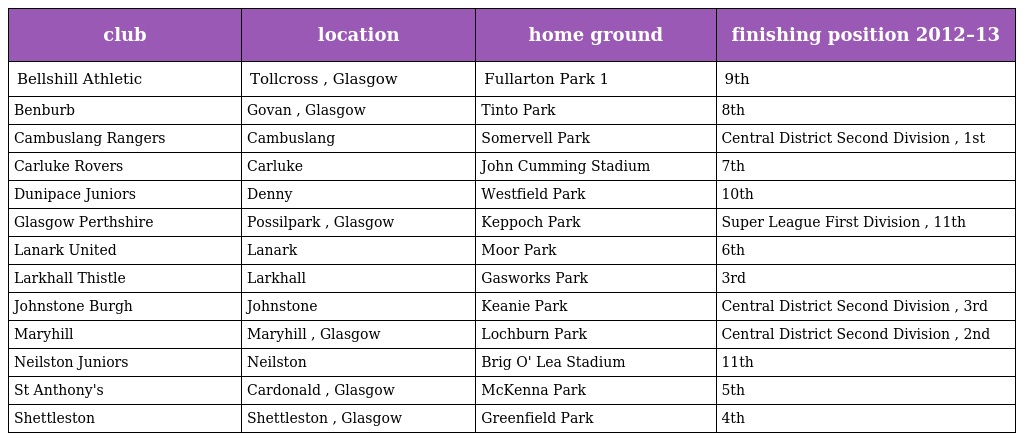
| club | location | home ground | finishing position 2012–13 |
 | --- | --- | --- | --- |
 | Bellshill Athletic | Tollcross , Glasgow | Fullarton Park 1 | 9th |
 | Benburb | Govan , Glasgow | Tinto Park | 8th |
 | Cambuslang Rangers | Cambuslang | Somervell Park | Central District Second Division , 1st |
 | Carluke Rovers | Carluke | John Cumming Stadium | 7th |
 | Dunipace Juniors | Denny | Westfield Park | 10th |
 | Glasgow Perthshire | Possilpark , Glasgow | Keppoch Park | Super League First Division , 11th |
 | Lanark United | Lanark | Moor Park | 6th |
 | Larkhall Thistle | Larkhall | Gasworks Park | 3rd |
 | Johnstone Burgh | Johnstone | Keanie Park | Central District Second Division , 3rd |
 | Maryhill | Maryhill , Glasgow | Lochburn Park | Central District Second Division , 2nd |
 | Neilston Juniors | Neilston | Brig O' Lea Stadium | 11th |
 | St Anthony's | Cardonald , Glasgow | McKenna Park | 5th |
 | Shettleston | Shettleston , Glasgow | Greenfield Park | 4th |